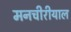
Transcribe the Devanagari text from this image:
मनचीरीयाल